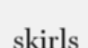
skirls